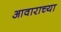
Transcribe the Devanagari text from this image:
आवाराच्या